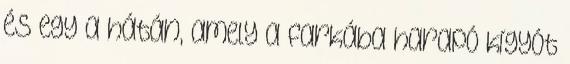
és egy a hátán, amely a farkába harapó kígyót